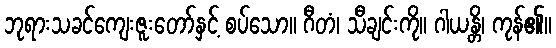
ဘုရားသခင်ကျေးဇူးတော်နှင့် စပ်သော။ ဂီတံ၊ သီချင်းကို။ ဂါယန္တိ၊ ကုန်၏။